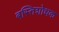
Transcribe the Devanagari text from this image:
बस्तिशोधक